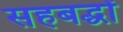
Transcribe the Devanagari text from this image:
सहबद्धों